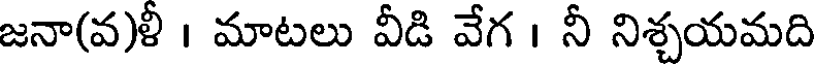
జనా(వ)ళీ । మాటలు వీడి వేగ । నీ నిశ్చయమది